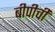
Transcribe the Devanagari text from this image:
बीपीची